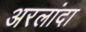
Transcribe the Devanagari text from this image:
अरलांदा